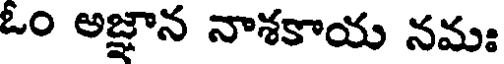
ఓం అజ్ఞాన నాశకాయ నమః